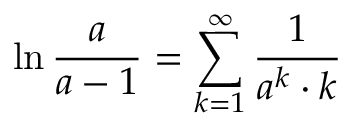
\ln { \frac { a } { a - 1 } } = \sum _ { k = 1 } ^ { \infty } { \frac { 1 } { a ^ { k } \cdot k } }